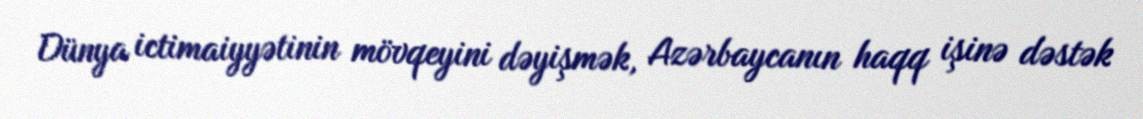
Dünya ictimaiyyətinin mövqeyini dəyişmək, Azərbaycanın haqq işinə dəstək